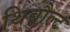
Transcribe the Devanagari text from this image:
थिबौल्ट